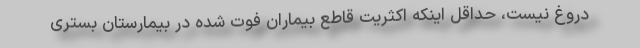
دروغ نیست، حداقل اینکه اکثریت قاطع بیماران فوت شده در بیمارستان بستری